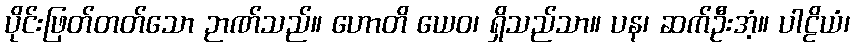
ပိုင်းဖြတ်တတ်သော ဉာဏ်သည်။ ဟောတိ ယေဝ၊ ရှိသည်သာ။ ပန၊ ဆက်ဦးအံ့။ ပါဠိယံ၊